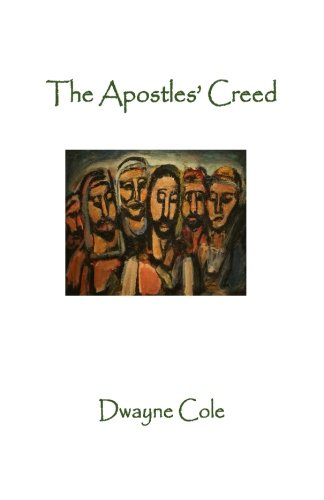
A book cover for The Apostles' Creed: A Living Creed for a Living Church; Dwayne Cole; Christian Books & Bibles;